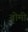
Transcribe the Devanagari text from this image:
ब्रोमी